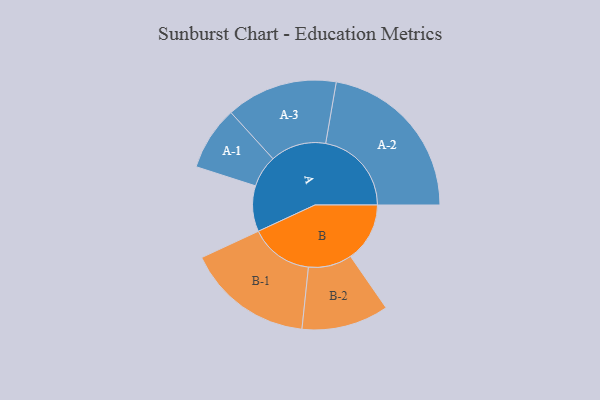
{"axis": {"x": "Segment", "y": "Value"}, "legend": ["", "A", "B"], "data": [{"x": "A", "y": 146, "type": ""}, {"x": "B", "y": 189, "type": ""}, {"x": "A-1", "y": 102, "type": "A"}, {"x": "A-2", "y": 274, "type": "A"}, {"x": "A-3", "y": 178, "type": "A"}, {"x": "B-1", "y": 202, "type": "B"}, {"x": "B-2", "y": 139, "type": "B"}]}